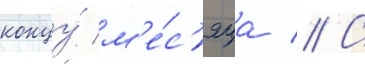
концу́ м'е́с'яца // С